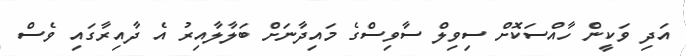
އަދި ވަކީން ހާއްސަކޮށް ސިވިލް ސާވިސްގެ މައިދާނަށް ބަލާލާއިރު އެ ދާއިރާގައި ވެސް